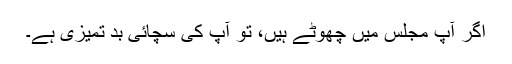
اگر آپ مجلس میں چھوٹے ہیں، تو آپ کی سچائی بد تمیزی ہے۔